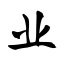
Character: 业